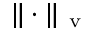
\Vert \cdot \Vert _ { \mathrm { ~ v ~ } }